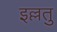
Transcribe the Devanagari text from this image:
इल्लतु